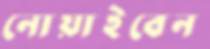
নোয়াইবেন